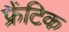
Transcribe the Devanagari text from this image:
फ्रैंटिक